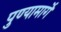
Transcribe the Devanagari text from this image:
पुण्यामार्गे